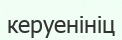
керуенініц